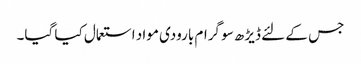
جس کے لئے ڈیڑھ سو گرام بارودی مواد استعمال کیا گیا۔